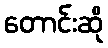
တောင်းဆို